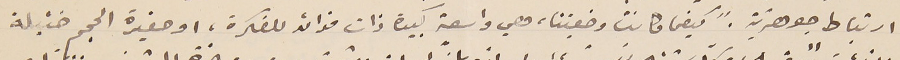
ارتباط جوهريّة. "كيفما كانت وضعيتنا، هي واسعة كبيرة ذات فوائد للفكرة، او صغيرة الحجم ضئيلة